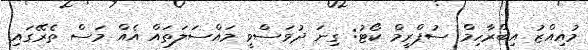
މުއިއްޒު އިބްރާހިމް ސުޕްރީމް ކޯޓު: ގިނަ ދުވަސްވީ މައްސަލަތައް އެއް މަސް ތެރޭގައި